Report of the King Institute of Preventive Medicine, Guindy
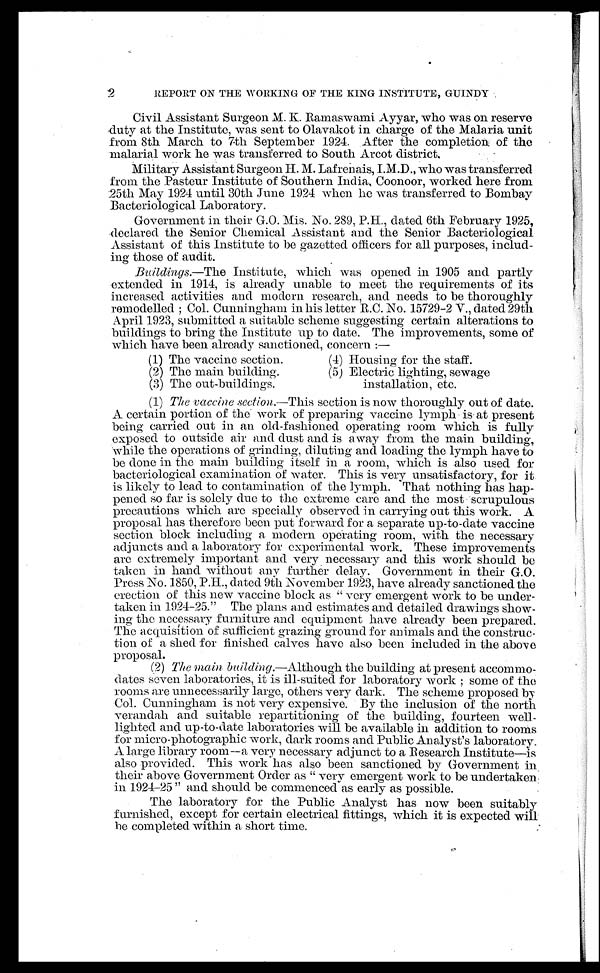
2
REPORT ON THE WORKING OF THE KING INSTITUTE, GUINDY
Civil Assistant Surgeon M. K. Ramaswami Ayyar, who was on reserve
duty at the Institute, was sent to Olavakot in charge of the Malaria unit
from 8th. March to 7th September 1924. After the completion of the
malarial work he was transferred to South Arcot district.
Military Assistant Surgeon H. M. Lafrenais, I.M.D., who was transferred
from the Pasteur Institute of Southern India, Coonoor, worked here from
25th May 1924 until 30th June 1924 when he was transferred to Bombay
Bacteriological Laboratory.
Government in their G.O. Mis. No. 289, P.H., dated 6th February 1925,
declared the Senior Chemical Assistant and the Senior Bacteriological
Assistant of this Institute to be gazetted officers for all purposes, includ
- i n g t h o s e o f a u d i t .
Buildings.—The Institute, which was opened in 1905 and partly
extended in 1914, is already unable to meet the requirements of its
increased activities and modern research, and needs to be thoroughly
r e m o d e l l e d ; C o l . C u n n i n g h a m i n h i s l e t t e r R . C . N o . 1 5 7 2 9 - 2 V . , d a t e d 2 9 t h
April 1923, submitted a suitable scheme suggesting certain alterations to
buildings to bring the Institute up to date. The improvements, some of
which have been already sanctioned, concern :—
(1) The vaccine section.
(2) The main building.
(3) The out-buildings.
(4) Housing for the staff.
(5) Electric lighting, sewage
installation, etc.
(1) The vaccine section.—This section is now thoroughly out of date.
A certain portion of the work of preparing vaccine lymph is at present
being carried out in an old-fashioned operating room which is fully
exposed to outside air and dust and is away from the main building,
while the operations of grinding, diluting and loading the lymph have to
be done in the main building itself in a room, which is also used for
bacteriological examination of water. This is very unsatisfactory, for it
is likely to lead to contamination of the lymph. That nothing has hap
- p e n e d s o f a r i s s o l e l y d u e t o t h e e x t r e m e c a r e a n d t h e m o s t s c r u p u l o u s
precautions which are specially observed in carrying out this work. A
proposal has therefore been put forward for a separate up-to-date vaccine
section block including a modern operating room, with the necessary
adjuncts and a laboratory for experimental work. These improvements
are extremely important and very necessary and this work should be
taken in hand without any further delay. Government in their G.O.
Press No. 1850, P.H., dated 9th November 1923, have already sanctioned the
erection of this new vaccine block as "very emergent work to be under
-taken in 1924-25." The plans and estimates and detailed drawings show
- i n g t h e n e c e s s a r y f u r n i t u r e a n d e q u i p m e n t h a v e a l r e a d y b e e n p r e p a r e d .
The acquisition of sufficient grazing ground for animals and the construc
- t i o n o f a s h e d f o r f i n i s h e d c a l v e s h a v e a l s o b e e n i n c l u d e d i n t h e a b o v e
proposal.
(2) The main building.—Although the building at present accommo-
dates seven laboratories, it is ill-suited for laboratory work ; some of the
rooms are unnecessarily large, others very dark. The scheme proposed by
Col. Cunningham is not very expensive. By the inclusion of the north
verandah and suitable repartitioning of the building, fourteen well
- l i g h t e d a n d u p - t o - d a t e l a b o r a t o r i e s w i l l b e a v a i l a b l e i n a d d i t i o n t o r o o m s
for micro-photographic work, dark rooms and Public Analyst's laboratory.
A large library room—a very necessary adjunct to a Research Institute—is
also provided. This work has also been sanctioned by Government in
their above Government Order as " very emergent work to be undertaken.
in 1924-25 " and should be commenced as early as possible.
The laboratory for the Public Analyst has now been suitably
furnished, except for certain electrical fittings, which it is expected will
be completed within a short time.